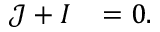
\mathcal { J } + I ^ { \mathrm { ~ \, ~ } } = 0 .